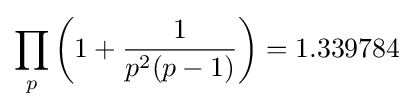
\prod _{p}\left(1+{\frac {1}{p^{2}(p-1)}}\right)=1.339784